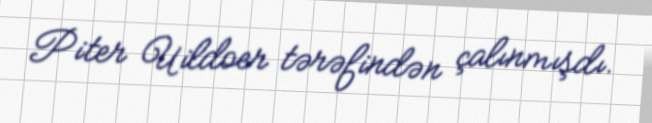
Piter Uildoer tərəfindən çalınmışdı.